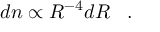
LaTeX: d n \propto R ^ { - 4 } d R \, \, \, \, \, . \, \, \, \, \,